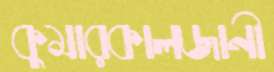
কুমারকালজানী